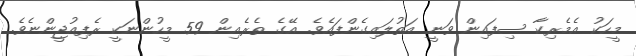
މީހަކު އެމެރިކާ ސިފައިން ވަނީ އަތުލައިގެންފައެވެ. އޭގެ ތެރެއިން 59 މީހުންނަކީ ރެފިއުޖީންނެވެ.